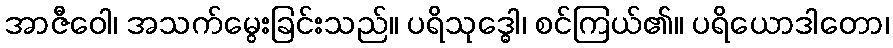
အာဇီဝေါ၊ အသက်မွေးခြင်းသည်။ ပရိသုဒ္ဓေါ၊ စင်ကြယ်၏။ ပရိယောဒါတော၊